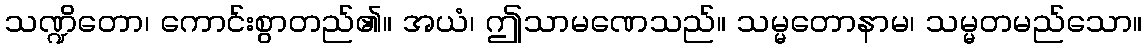
သဏ္ဍိတော၊ ကောင်းစွာတည်၏။ အယံ၊ ဤသာမဏေသည်။ သမ္မတောနာမ၊ သမ္မတမည်သော။